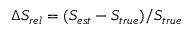
\Delta S _ { r e l } = ( S _ { e s t } - S _ { t r u e } ) / S _ { t r u e }